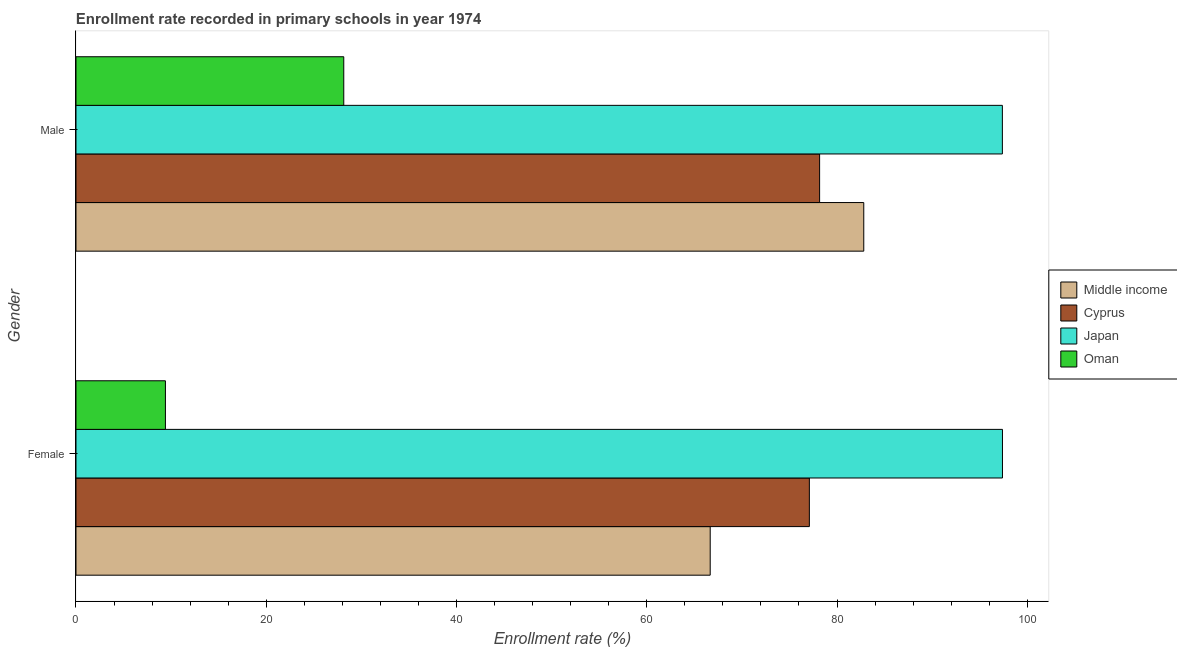
| Gender | Middle income | Cyprus | Japan | Oman |
 | --- | --- | --- | --- | --- |
 | Female | 66.7 | 77.1 | 97.4 | 9.4 |
 | Male | 82.8 | 78.2 | 97.4 | 28.1 |